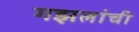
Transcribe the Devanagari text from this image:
गझलांची